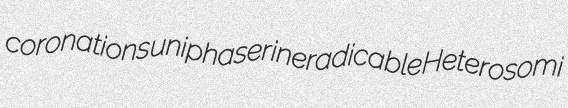
coronations uniphaser ineradicable Heterosomi